Elephants and their diseases
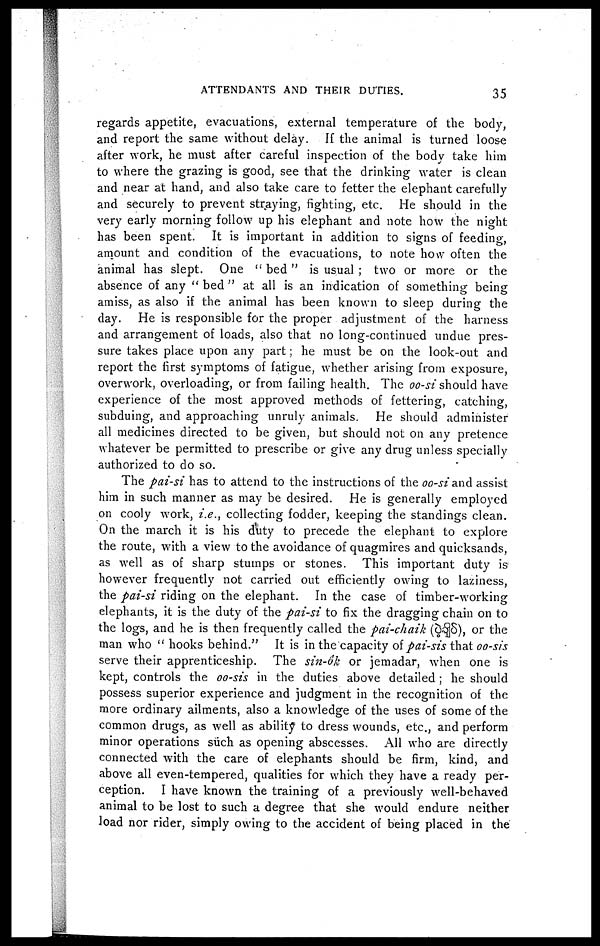
ATTENDANTS AND THEIR DUTIES.
35
regards appetite, evacuations, external temperature of the body,
and report the same without delay. If the animal is turned loose
after work, he must after careful inspection of the body take him
to where the grazing is good, see that the drinking water is clean
and near at hand, and also take care to fetter the elephant carefully
and securely to prevent straying, fighting, etc. He should in the
very early morning follow up his elephant and note how the night
has been spent. It is important in addition to signs of feeding,
amount and condition of the evacuations, to note how often the
animal has slept. One " bed " is usual ; two or more or the
absence of any " bed " at all is an indication of something being
amiss, as also if the animal has been known to sleep during the
day. He is responsible for the proper adjustment of the harness
and arrangement of loads, also that no long-continued undue pres-
sure takes place upon any part; he must be on the look-out and
report the first symptoms of fatigue, whether arising from exposure,
overwork, overloading, or from failing health. The oo-si should have
experience of the most approved methods of fettering, catching,
subduing, and approaching unruly animals. He should administer
all medicines directed to be given, but should not on any pretence
whatever be permitted to prescribe or give any drug unless specially
authorized to do so.
The pai-si has to attend to the instructions of the oo-si and assist
him in such manner as may be desired. He is generally employed
on cooly work, i.e., collecting fodder, keeping the standings clean.
On the march it is his dtity to precede the elephant to explore
the route, with a view to the avoidance of quagmires and quicksands,
as well as of sharp stumps or stones. This important duty is
however frequently not carried out efficiently owing to laziness,
the pai-si riding on the elephant. In the case of timber-working
elephants, it is the duty of the pai-si to fix the dragging chain on to
the logs, and he is then frequently called the pai-chaik (
), or the
man who " hooks behind." It is in the capacity of pai-sis that oo-sis
serve their apprenticeship. The sin-ok or jemadar, when one is
kept, controls the oo-sis in the duties above detailed ; he should
possess superior experience and judgment in the recognition of the
more ordinary ailments, also a knowledge of the uses of some of the
common drugs, as well as ability to dress wounds, etc., and perform
minor operations such as opening abscesses. All who are directly
connected with the care of elephants should be firm, kind, and
above all even-tempered, qualities for which they have a ready per-
ception. I have known the training of a previously well-behaved
animal to be lost to such a degree that she would endure neither
load nor rider, simply owing to the accident of being placed in the